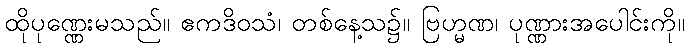
ထိုပုဏ္ဏေးမသည်။ ဧကဒိဝသံ၊ တစ်နေ့သ၌။ ဗြဟ္မဏ၊ ပုဏ္ဏားအပေါင်းကို။